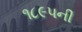
૧૮૯૫ની